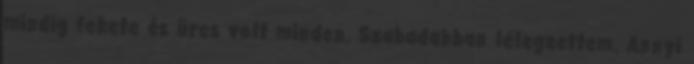
mindig fekete és üres volt minden. Szabadabban lélegzettem. Annyi